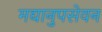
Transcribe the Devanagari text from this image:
मद्यानुपसेवन